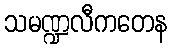
သမဏ္ဍလီကတေန